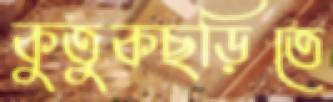
কুতুকছড়িতে